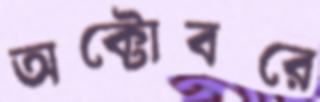
অক্টোবরে